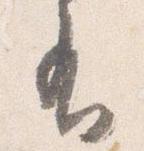
有